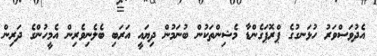
އެދުވަސްވަރު ހުޅަނގުގެ ޕްރޮޕަގެންޑާ މެޝިންތަކުން ބުނަމުން ދިޔައީ އަރަބި ބެލެނިވެރިން އެމީހުންގެ ދަރިން